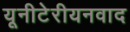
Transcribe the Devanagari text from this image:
यूनीटेरीयनवाद